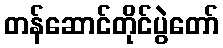
တန်ဆောင်တိုင်ပွဲတော်